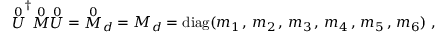
{ \stackrel { 0 } { U } } ^ { \dagger } { \stackrel { 0 } { M } } { \stackrel { 0 } { U } } = { \stackrel { 0 } { M } } _ { d } = M _ { d } = \mathrm { d i a g } ( m _ { 1 } \, , \, m _ { 2 } \, , \, m _ { 3 } \, , \, m _ { 4 } \, , \, m _ { 5 } \, , \, m _ { 6 } ) \; ,